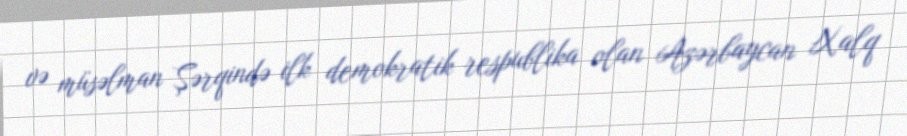
və müsəlman Şərqində ilk demokratik respublika olan Azərbaycan Xalq